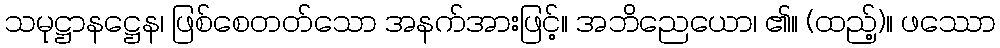
သမုဋ္ဌာနဋ္ဌေန၊ ဖြစ်စေတတ်သော အနက်အားဖြင့်။ အဘိညေယော၊ ၏။ (ထည့်)။ ဖဿော